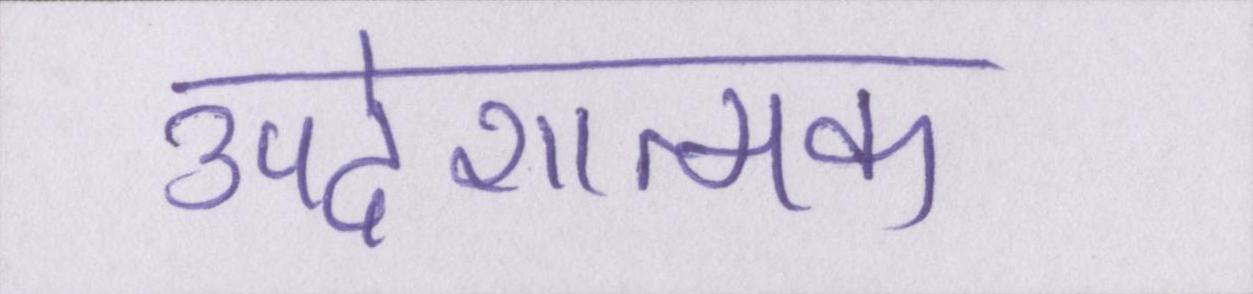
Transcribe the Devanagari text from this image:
उपदेशात्मक